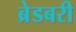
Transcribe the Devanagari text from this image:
ब्रेडबरी